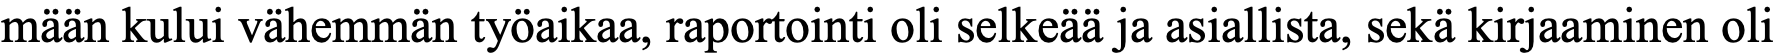
mään kului vähemmän työaikaa, raportointi oli selkeää ja asiallista, sekä kirjaaminen oli